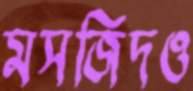
মসজিদও